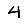
Digit: 4